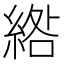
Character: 綹